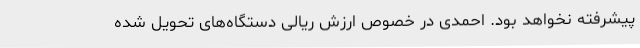
پیشرفته نخواهد بود. احمدی در خصوص ارزش ریالی دستگاه‌های تحویل شده